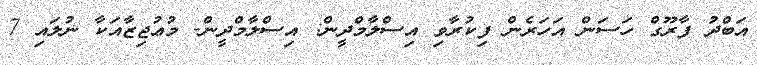
އަބްދު ފާރޫގް ހަސަން އަހަރެން ފިކުރާވި އިސްލާމްދީން: އިސްލާމްދީން- މުޢުޖިޒާއަކާ ނުލައި 7